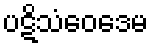
ပဋိသံဝေဒေမ